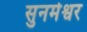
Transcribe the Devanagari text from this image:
सुनमेश्वर